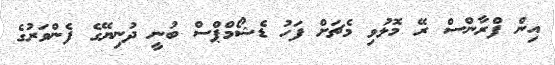
އިން ފްރާންސް ރޭ މޮޅުވި މެޗަށް ފަހު ޑެޝޯމްޕްސް ބުނީ ދުނިޔޭގެ ފެންވަރުގެ